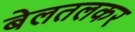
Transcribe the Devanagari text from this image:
बेलतलकर